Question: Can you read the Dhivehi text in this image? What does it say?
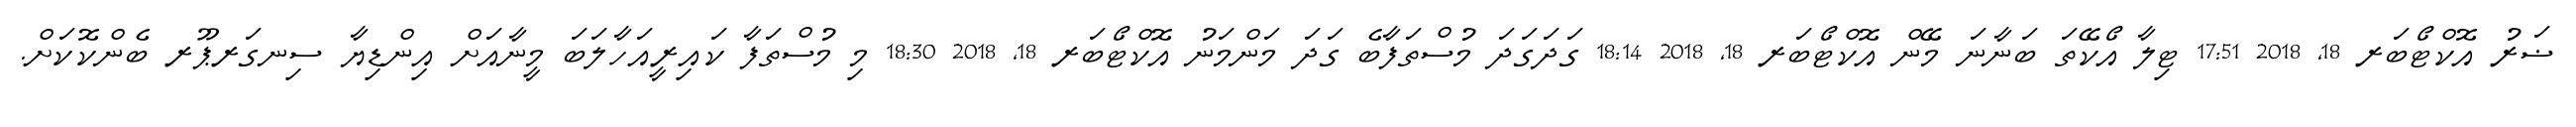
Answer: ޟަރު އޮކްޓޯބަރ 18, 2018 17:51 ޓިލާ އޯކޭތަ ބަނާނަ މޭން އޮކްޓޯބަރ 18, 2018 18:14 ގަދަގަދަ މުސްތަފާބެ ގަދަ މަންމަނު އޮކްޓޯބަރ 18, 2018 18:30 މި މުސްތަފާ ކައިރީއަހާލަބަ މީނާއަށް އިންޑިޔާ ސިނގަރޕޫރ ބެންކޮކަށް.